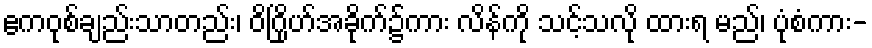
ဧကဝုစ်ချည်းသာတည်း၊ ဝိဂြိုဟ်အခိုက်၌ကား လိန်ကို သင့်သလို ထားရ မည်၊ ပုံစံကား-